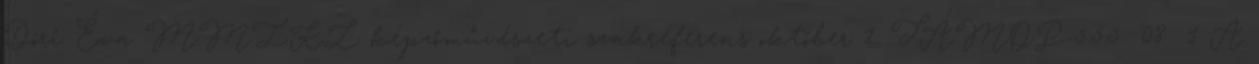
Dóri Éva MMIKL képzőművészeti szakreferens október 1. TÁMOP-5.5.5 08 1 A